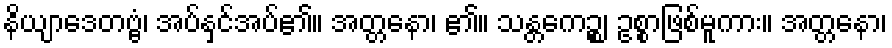
နိယျာဒေတဗ္ဗံ၊ အပ်နှင်အပ်၏။ အတ္တနော၊ ၏။ သန္တကေဉ္စ၊ ဥစ္စာဖြစ်မူကား။ အတ္တနော၊